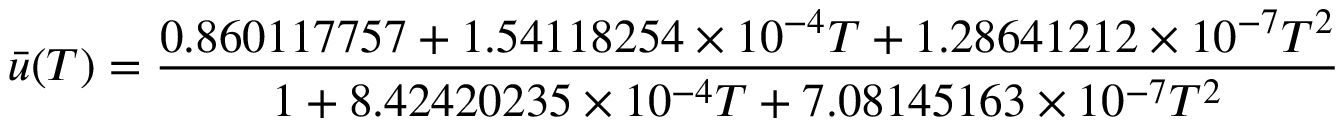
{ \bar { u } } ( T ) = { \frac { 0 . 8 6 0 1 1 7 7 5 7 + 1 . 5 4 1 1 8 2 5 4 \times 1 0 ^ { - 4 } T + 1 . 2 8 6 4 1 2 1 2 \times 1 0 ^ { - 7 } T ^ { 2 } } { 1 + 8 . 4 2 4 2 0 2 3 5 \times 1 0 ^ { - 4 } T + 7 . 0 8 1 4 5 1 6 3 \times 1 0 ^ { - 7 } T ^ { 2 } } }